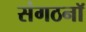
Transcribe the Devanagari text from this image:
संगठनॉ